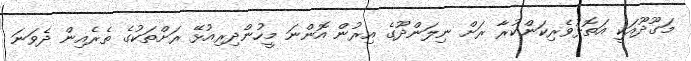
މަގޫދޫއަކީ އަތޮޅުވެރިކަންކުރާ ރަށް ނިލަންދޫގެ އިރުން އޮންނަ މީހުންދިރިއުޅޭ ރަށްތަކުގެ ތެރެއިން ދެވަނަ